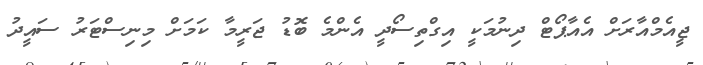
ޖީއެމްއާރަށް އެއާޕޯޓް ދިނުމަކީ އިގްތިސޯދީ އެންމެ ބޮޑު ޖަރީމާ ކަމަށް މިނިސްޓަރު ސައީދު